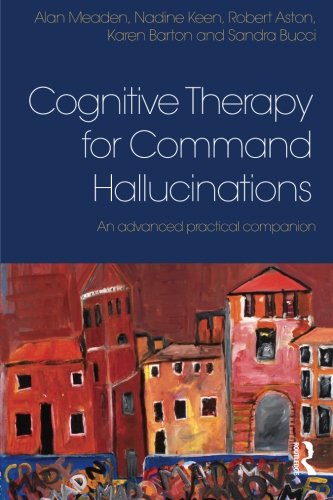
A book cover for Cognitive Therapy for Command Hallucinations: An advanced practical companion; Alan Meaden; Health, Fitness & Dieting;